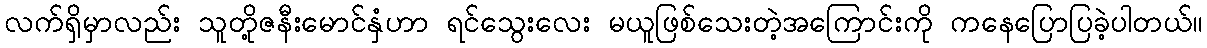
လက်ရှိမှာလည်း သူတို့ဇနီးမောင်နှံဟာ ရင်သွေးလေး မယူဖြစ်သေးတဲ့အကြောင်းကို ကနေပြောပြခဲ့ပါတယ်။